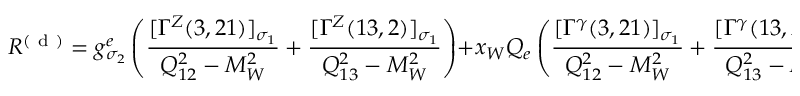
{ \cal R } ^ { ( \mathrm { ~ d ~ } ) } = g _ { \sigma _ { 2 } } ^ { e } \left( \frac { [ \Gamma ^ { Z } ( 3 , 2 1 ) ] _ { \sigma _ { 1 } } } { Q _ { 1 2 } ^ { 2 } - M _ { W } ^ { 2 } } + \frac { [ \Gamma ^ { Z } ( 1 3 , 2 ) ] _ { \sigma _ { 1 } } } { Q _ { 1 3 } ^ { 2 } - M _ { W } ^ { 2 } } \right) + x _ { W } Q _ { e } \left( \frac { [ \Gamma ^ { \gamma } ( 3 , 2 1 ) ] _ { \sigma _ { 1 } } } { Q _ { 1 2 } ^ { 2 } - M _ { W } ^ { 2 } } + \frac { [ \Gamma ^ { \gamma } ( 1 3 , 2 ) ] _ { \sigma _ { 1 } } } { Q _ { 1 3 } ^ { 2 } - M _ { W } ^ { 2 } } \right) \; .